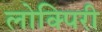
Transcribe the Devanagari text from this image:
लोक्पिरी